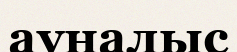
ауналыс